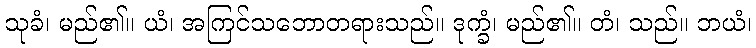
သုခံ၊ မည်၏။ ယံ၊ အကြင်သဘောတရားသည်။ ဒုက္ခံ၊ မည်၏။ တံ၊ သည်။ ဘယံ၊